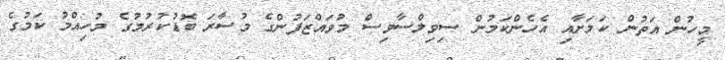
މީހުން އަތުން ކަމަށާއި އެހެންކަމުން ސިވިލްސާވިސް މުވައްޒަފުންގެ މުސާރަ ބޮޑުކުރުމުގެ މުހިއްމު ކަމުގެ